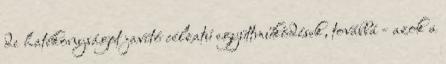
de hatékonyságot javító célzatú együttműködések, továbbá - azok a